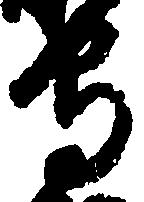
守